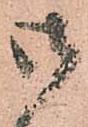
御